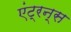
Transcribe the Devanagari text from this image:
एंट्रन्स